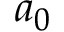
a _ { 0 }